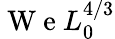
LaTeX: \mathrm{~W~e~}L_{0}^{4/3}